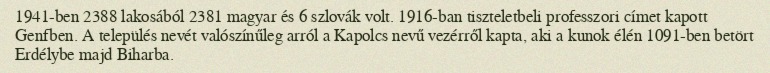
1941-ben 2388 lakosából 2381 magyar és 6 szlovák volt. 1916-ban tiszteletbeli professzori címet kapott Genfben. A település nevét valószínűleg arról a Kapolcs nevű vezérről kapta, aki a kunok élén 1091-ben betört Erdélybe majd Biharba.